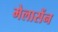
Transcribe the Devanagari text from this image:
मेलासेंन